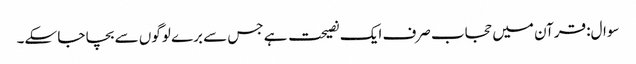
سوال: قرآن میں حجاب صرف ایک نصیحت ہے جس سے برے لوگوں سے بچا جا سکے۔